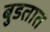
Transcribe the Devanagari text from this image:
बुडतात